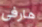
هارفى